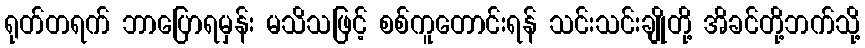
ရုတ်တရက် ဘာပြောရမှန်း မသိသဖြင့် စစ်ကူတောင်းရန် သင်းသင်းချိုတို့ အိခင်တို့ဘက်သို့